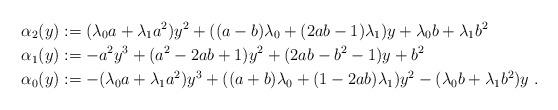
LaTeX: \begin{align*}\alpha_2(y) &:= (\lambda_0a+\lambda_1a^2)y^2+((a-b)\lambda_0+(2ab-1)\lambda_1)y+\lambda_0b+\lambda_1b^2 \\ \alpha_1(y) &:=-a^2y^3+(a^2-2ab+1)y^2+(2ab-b^2-1)y+b^2 \\\alpha_0(y) &:= -(\lambda_0a+\lambda_1a^2)y^3+((a+b)\lambda_0+(1-2ab)\lambda_1)y^2-(\lambda_0b+\lambda_1b^2)y \;.\end{align*}